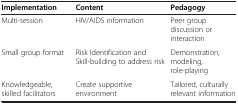
| Implementation | Content | Pedagogy |
 | --- | --- | --- |
 | Multi-session | HIV/AIDS information | Peer group discussion or interaction |
 | Small group format | Risk Identification and Skill-building to address risk | Demonstration, modeling, role-playing |
 | Knowledgeable, skilled facilitators | Create supportive environment | Tailored, culturally relevant information |